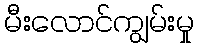
မီးလောင်ကျွမ်းမှု